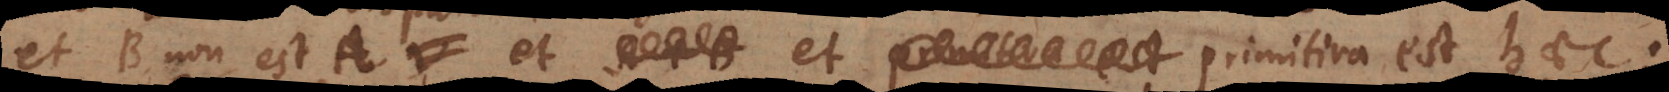
et B non est A, et primitiva est haec: